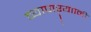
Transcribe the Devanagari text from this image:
व्यापाऱ्याानी